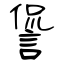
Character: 諐